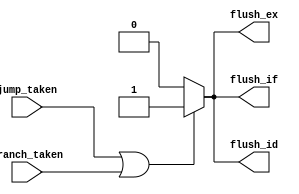
`timescale 1ns / 1ps
//////////////////////////////////////////////////////////////////////////////////
// Company: 
// Engineer: 
// 
// Design Name: 
// Module Name:    flush_control 
// Project Name: 
// Target Devices: 
// Tool versions: 
// Description: 
//
// Dependencies: 
//
// Revision: 
// Revision 0.01 - File Created
// Additional Comments: 
//
//////////////////////////////////////////////////////////////////////////////////
module flush_control(
    input branch_taken,
    input jump_taken,
    output flush_if,
    output flush_id,
    output flush_ex
);

    assign flush_if = (jump_taken || branch_taken) ? 1'b1 : 1'b0;
    assign flush_id = (jump_taken || branch_taken) ? 1'b1 : 1'b0;
    assign flush_ex = (jump_taken || branch_taken) ? 1'b1 : 1'b0;

endmodule